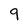
Character: 9